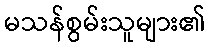
မသန်စွမ်းသူများ၏